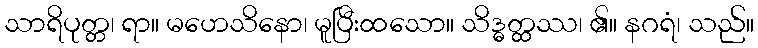
သာရိပုတ္တ၊ ရာ။ မဟေသိနော၊ မူပြီးထသော။ သိဒ္ဓတ္ထဿ၊ ၏။ နဂရံ၊ သည်။